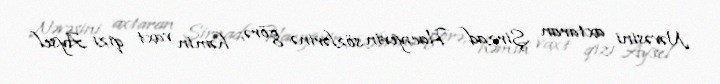
Nəvəsini axtaran Şirzad Hacıyevin sözlərinə görə, həmin vaxt qızı Aysel